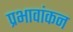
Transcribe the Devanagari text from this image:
प्रभावांकन